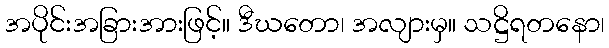
အပိုင်းအခြားအားဖြင့်။ ဒီဃတော၊ အလျားမှ။ သဋ္ဌိရတနော၊